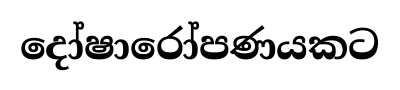
දෝෂාරෝපණයකට